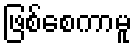
ဖြစ်စေကာမူ